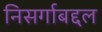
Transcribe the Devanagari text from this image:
निसर्गाबद्दल